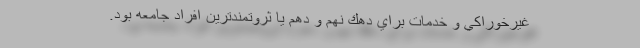
غيرخوراكي و خدمات براي دهك نهم و دهم يا ثروتمندترين افراد جامعه بود.